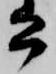
公